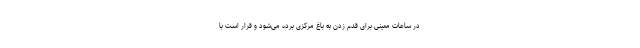
در ساعات معینی برای قدم زدن به باغ مرکزی برده می‌شود و قرار است با